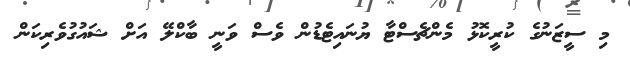
މި ސީޒަނުގެ ކުރީކޮޅު މެންޗެސްޓާ ޔުނައިޓެޑުން ވެސް ވަނީ ބާކްލޭ އަށް ޝައުގުވެރިކަން